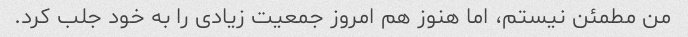
من مطمئن نیستم، اما هنوز هم امروز جمعیت زیادی را به خود جلب کرد.